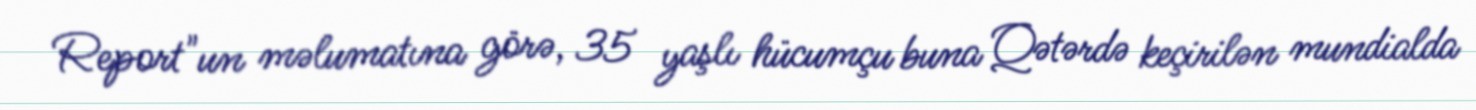
Report"un məlumatına görə, 35 yaşlı hücumçu buna Qətərdə keçirilən mundialda